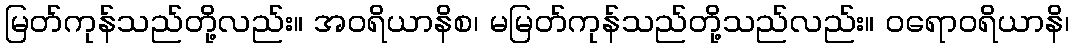
မြတ်ကုန်သည်တို့လည်း။ အဝရိယာနိစ၊ မမြတ်ကုန်သည်တို့သည်လည်း။ ဝရောဝရိယာနိ၊